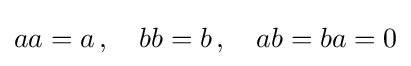
\textstyle aa=a\,,\quad bb=b\,,\quad ab=ba=0